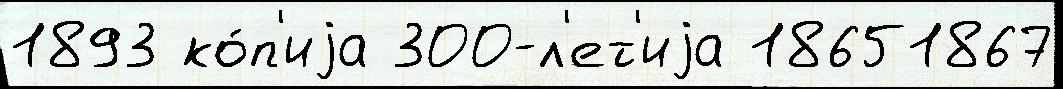
1893 ко́п'иjа 300-л'ет'иjа 18651867